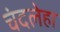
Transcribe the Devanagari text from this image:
चंदलेहा